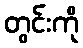
တွင်းကို